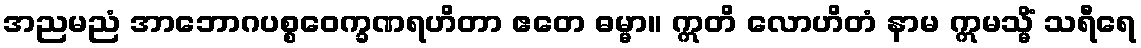
အညမညံ အာဘောဂပစ္စဝေက္ခဏရဟိတာ ဧတေ ဓမ္မာ။ ဣတိ လောဟိတံ နာမ ဣမသ္မိံ သရီရေ